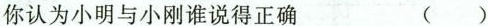
你认为小明与小刚谁说得正确（ ）